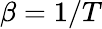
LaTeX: \beta=1/T